Annual administration report of the Bombay Presidency - 1887-1892
Year: 1887
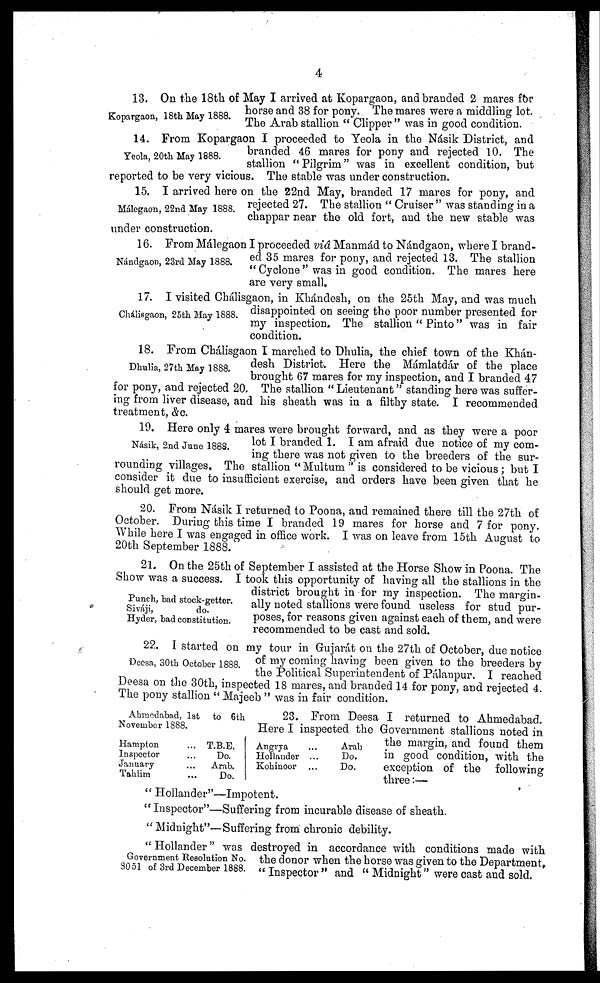
4
Kopargaon, 18th May 1888.
13. On the 18th of May I arrived at Kopargaon, and branded 2 mares for
horse and 38 for pony. The mares were a middling lot.
The Arab stallion " Clipper " was in good condition.
Yeola, 20th May 1888.
14. From Kopargaon I proceeded to Yeola in the Násik District, and
branded 46 mares for pony and rejected 10. The
stallion " Pilgrim" was in excellent condition, but
reported to be very vicious. The stable was under construction.
Málegaon, 22nd May 1888.
15. I arrived here on the 22nd May, branded 17 mares for pony, and
rejected 27. The stallion " Cruiser " was standing in a
chappar near the old fort, and the new stable was
under construction.
Nándgaon, 23rd May 1888.
16. From Málegaon I proceeded viâ Manmád to Nándgaon, where I brand-
ed 35 mares for pony, and rejected 13. The stallion
" Cyclone " was in good condition. The mares here
are very small.
Chálisgaon, 25th May 1888.
17. I visited Chálisgaon, in Khándesh, on the 25th May, and was much
disappointed on seeing the poor number presented for
my inspection. The stallion " Pinto" was in fair
condition.
Dhulia, 27th May 1888.
18. From Chálisgaon I marched to Dhulia, the chief town of the Khán-
desh District. Here the Mámlatdár of the place
brought 67 mares for my inspection, and I branded 47
for pony, and rejected 20. The stallion " Lieutenant" standing here was suffer-
ing from liver disease, and his sheath was in a filthy state. I recommended
treatment, &c.
Násik, 2nd June 1888.
19. Here only 4 mares were brought forward, and as they were a poor
lot I branded 1. I am afraid due notice of my com-
ing there was not given to the breeders of the sur-
rounding villages. The stallion " Multum " is considered to be vicious ; but I
consider it due to insufficient exercise, and orders have been given that he
should get more.
20. From Násik I returned to Poona, and remained there till the 27th of
October. During this time I branded 19 mares for horse and 7 for pony.
While here I was engaged in office work. I was on leave from 15th August to
20th September 1888.
Punch, bad stock-getter.
Siváji,
do.
Hyder, bad constitution.
21. On the 25th of September I assisted at the Horse Show in Poona. The
Show was a success. I took this opportunity of having all the stallions in the
district brought in for my inspection. The margin-
ally noted stallions were found useless for stud pur-
poses, for reasons given against each of them, and were
recommended to be cast and sold.
Deesa, 30th October 1888.
22. I started on my tour in Gujarát on the 27th of October, due notice
of my coming having been given to the breeders by
the Political Superintendent of Pálanpur. I reached
Deesa on the 30th, inspected 18 mares, and branded 14 for pony, and rejected 4.
The pony stallion " Majeeb " was in fair condition.
Ahmedabad, 1st to 6th
November 1888.
23. From Deesa I returned to Ahmedabad.
Here I inspected the Government stallions noted in
the margin, and found them
in good condition, with the
exception of the following
three:—
Hampton
Inspector
January
Tahlim
...
...
...
...
T.B.E.
Do.
Arab.
Do.
Angrya
Hollander
Kohinoor
...
...
...
Arab
Do.
Do.
" Hollander"—Impotent.
" Inspector"—Suffering from incurable disease of sheath.
" Midnight"—Suffering from chronic debility.
Government Resolution No.
8051 of 3rd December 1888.
" Hollander" was destroyed in accordance with conditions made with
the donor when the horse was given to the Department.
" Inspector " and " Midnight" were cast and sold.